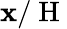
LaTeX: \mathbf{x}/\mathrm{{~H~}}